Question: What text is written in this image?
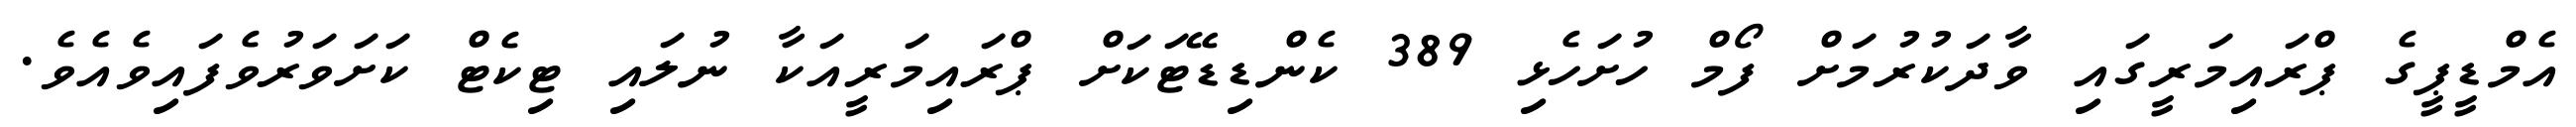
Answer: އެމްޑީޕީގެ ޕްރައިމަރީގައި ވާދަކުރުމަށް ފޯމް ހުށަހެޅި 389 ކެންޑިޑޭޓަކަށް ޕްރައިމަރީއަކާ ނުލައި ޓިކެޓް ކަށަވަރުވެފައިވެއެވެ.